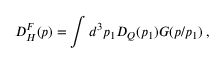
D _ { H } ^ { F } ( p ) = \int d ^ { 3 } p _ { 1 } D _ { Q } ( p _ { 1 } ) G ( p / p _ { 1 } ) \; ,